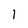
Character: 1